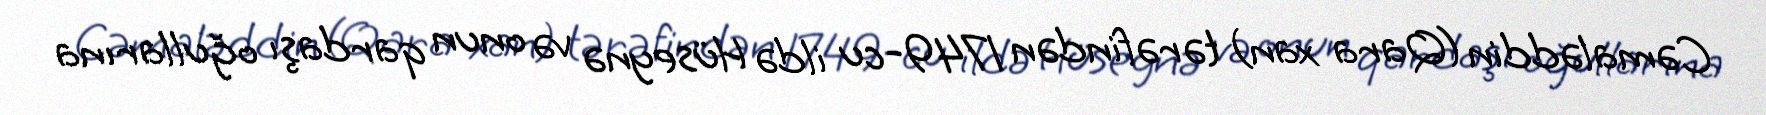
Cəmaləddin (Qara xan) tərəfindən 1749-cu ildə Hüseynə və onun qardaşı oğullarına